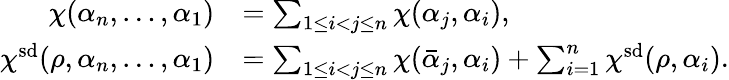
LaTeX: \begin{array}{rl}{\chi(\alpha_{n},\dotsc,\alpha_{1})}&{=\sum_{1\leq i<j\leq n}\chi(\alpha_{j},\alpha_{i}),}\\ {\chi^{\smash{\mathrm{sd}}}(\rho,\alpha_{n},\dotsc,\alpha_{1})}&{=\sum_{1\leq i<j\leq n}\chi(\bar{\alpha}_{j},\alpha_{i})+\sum_{i=1}^{n}\chi^{\smash{\mathrm{sd}}}(\rho,\alpha_{i}).}\end{array}